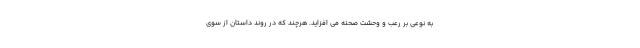
به نوعی بر رعب و وحشت صحنه می افزاید. هرچند که در روند داستان از سوی